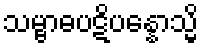
သမ္ဗာဓပဋိပန္နောသ္မိ